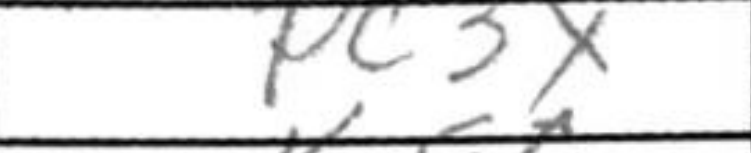
Transcription: Pc3x